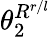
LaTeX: \theta_{2}^{R^{r/l}}